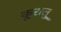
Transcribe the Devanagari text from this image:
कूरालु